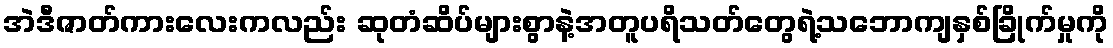
အဲဒီဇာတ်ကားလေးကလည်း ဆုတံဆိပ်များစွာနဲ့အတူပရိသတ်တွေရဲ့သဘောကျနှစ်ခြိုက်မှုကို